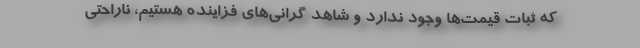
که ثبات قیمت‌ها وجود ندارد و شاهد گرانی‌های فزاینده هستیم، ناراحتی